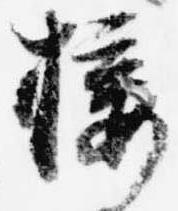
接